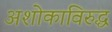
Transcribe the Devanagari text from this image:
अशोकाविरुद्ध